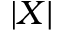
| X |